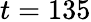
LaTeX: t=135